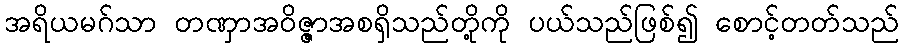
အရိယမဂ်သာ တဏှာအဝိဇ္ဇာအစရှိသည်တို့ကို ပယ်သည်ဖြစ်၍ စောင့်တတ်သည်